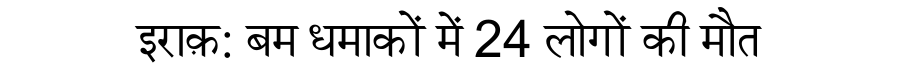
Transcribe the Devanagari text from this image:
इराक़: बम धमाकों में 24 लोगों की मौत